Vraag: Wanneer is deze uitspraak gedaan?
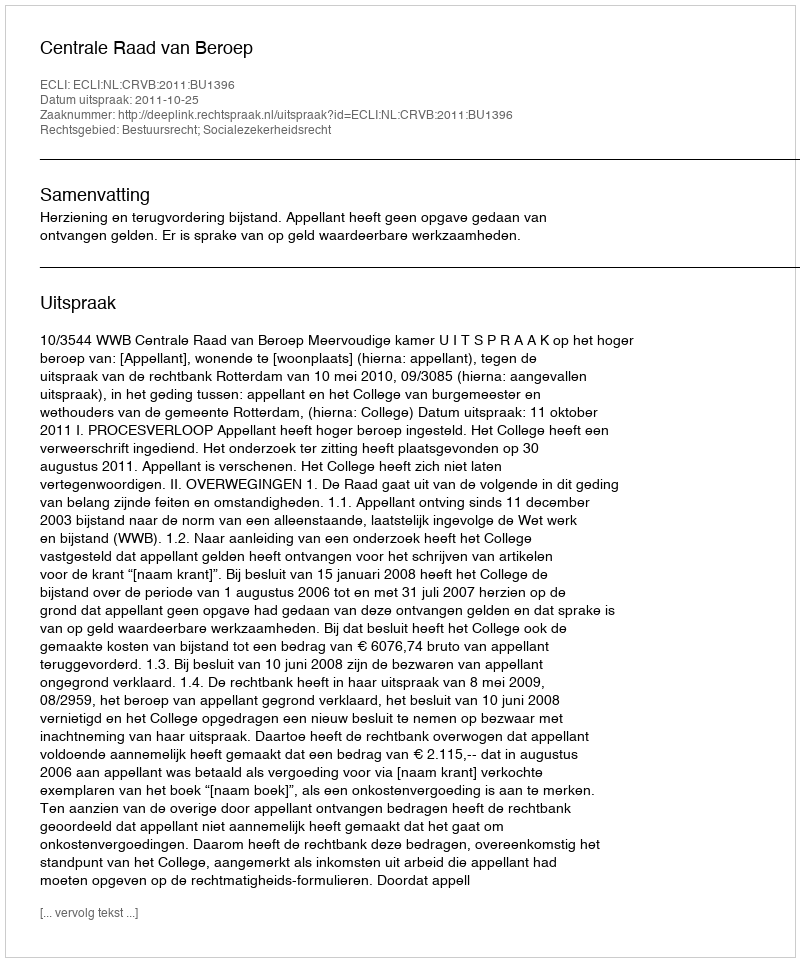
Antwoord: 2011-10-25